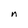
Character: n